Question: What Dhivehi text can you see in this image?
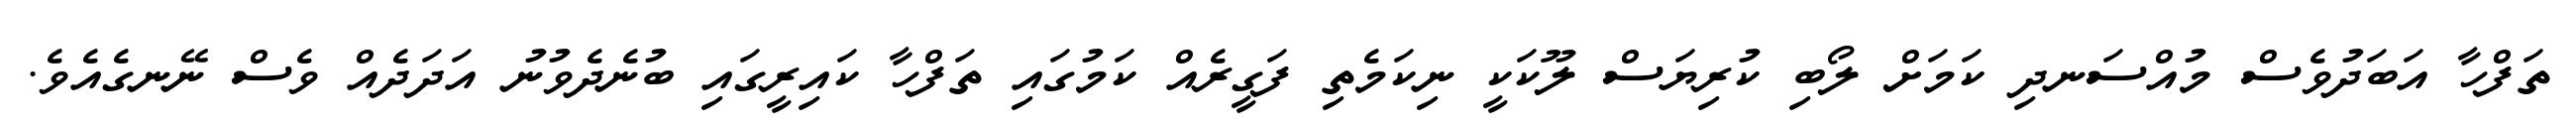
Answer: ތަފްހާ އަބަދުވެސް މުއްސަނދި ކަމަށް ލޯބި ކުރިޔަސް ލޫކަކީ ނިކަމެތި ފަގީރެއް ކަމުގައި ތަފްހާ ކައިރީގައި ބުނެދެވުނު އަދަދެއް ވެސް ނޭނގެއެވެ.